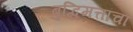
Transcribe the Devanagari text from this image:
बुद्धिमत्तांचा